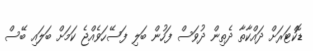
ޑޮކްޓަރަށް ދައްކާތާ ދެތިން ދުވަސް ފަހުން ބަލި ފަސޭހަވެއްޖެ ކަމަށް ބަލައި ބޭސް